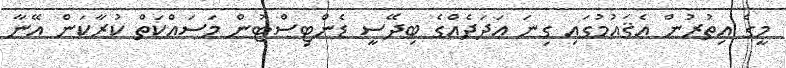
މީގެ އިތުރުން އެޤައުމުގައި ގިނަ އަދަދެއްގެ ބިދޭސީ ޑެންޓިސްޓުން މަސައްކަތް ކުރާކަން އޭނާ